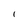
Character: l